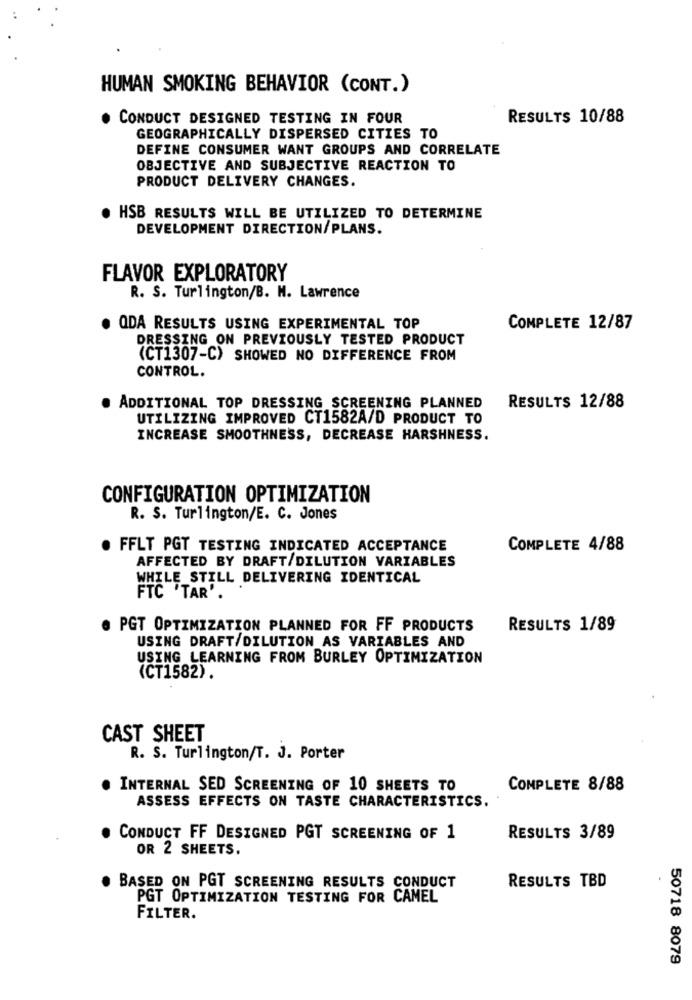
HUMAN SMOKING BEHAVIOR (CONT.)
CONDUCT DESIGNED TESTING IN FOUR
RESULTS 10/88
GEOGRAPHICALLY DISPERSED CITIES TO
DEFINE CONSUMER WANT GROUPS AND CORRELATE
OBJECTIVE AND SUBJECTIVE REACTION TO
PRODUCT DELIVERY CHANGES.
HSB RESULTS WILL BE UTILIZED TO DETERMINE
DEVELOPMENT DIRECTION/PLANS.
FLAVOR EXPLORATORY
R. S. Turlington/B. H. Lawrence
QDA RESULTS USING EXPERIMENTAL TOP
COMPLETE 12/87
DRESSING ON PREVIOUSLY TESTED PRODUCT
(CT1307-C) SHOWED NO DIFFERENCE FROM
CONTROL.
. ADDITIONAL TOP DRESSING SCREENING PLANNED
RESULTS 12/88
UTILIZING IMPROVED CT1582A/D PRODUCT TO
INCREASE SMOOTHNESS, DECREASE HARSHNESS.
CONFIGURATION OPTIMIZATION
R. S. Turlington/E. C. Jones
FFLT PGT TESTING INDICATED ACCEPTANCE
COMPLETE 4/88
AFFECTED BY DRAFT/DILUTION VARIABLES
WHILE STILL DELIVERING IDENTICAL
FTC 'TAR'.
. PGT OPTIMIZATION PLANNED FOR FF PRODUCTS
RESULTS 1/89
USING DRAFT/DILUTION AS VARIABLES AND
USING LEARNING FROM BURLEY OPTIMIZATION
(CT1582).
CAST SHEET
R. S. Turlington/T. J. Porter
INTERNAL SED SCREENING OF 10 SHEETS TO
COMPLETE 8/88
ASSESS EFFECTS ON TASTE CHARACTERISTICS.
CONDUCT FF DESIGNED PGT SCREENING OF 1
RESULTS 3/89
OR 2 SHEETS.
BASED ON PGT SCREENING RESULTS CONDUCT
RESULTS TBD
PGT OPTIMIZATION TESTING FOR CAMEL
FILTER.
50718 8079